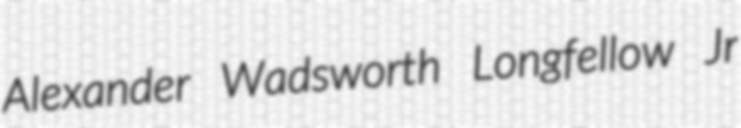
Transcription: Alexander Wadsworth Longfellow Jr